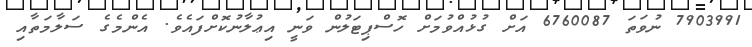
7903991 ނުވަތަ 6760087 އަށް ގުޅުއްވުމަށް ހޮސްޕިޓަލުން ވަނީ އިޢުލާނުކޮށްފައެވެ. އެންމެގެ ސަލާމަތާއި